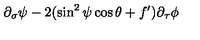
\partial _ { \sigma } \psi - 2 ( \sin ^ { 2 } \psi \cos \theta + f ^ { \prime } ) \partial _ { \tau } \phi